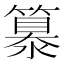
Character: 𥴠